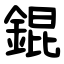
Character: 錕